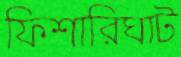
ফিশারিঘাট